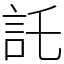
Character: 託